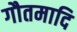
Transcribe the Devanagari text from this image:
गौतमादि